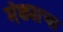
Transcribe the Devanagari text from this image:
मेंढ्याचा